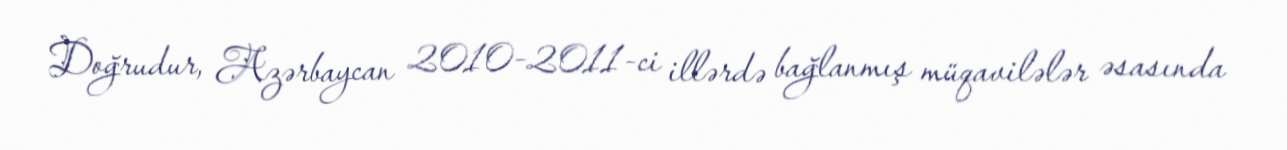
Doğrudur, Azərbaycan 2010-2011-ci illərdə bağlanmış müqavilələr əsasında